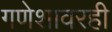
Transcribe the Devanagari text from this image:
गणेशावरही